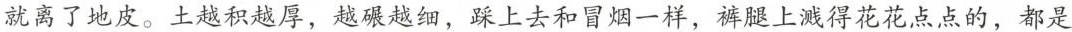
就离了地皮。土越积越厚，越碾越细，踩上去和冒烟一样，裤腿上溅得花花点点的，都是